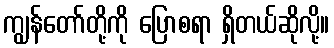
ကျွန်တော်တို့ကို ပြောစရာ ရှိတယ်ဆိုလို့။